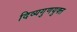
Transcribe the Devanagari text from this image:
दिव्यगुणयुक्त